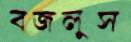
বজলুস